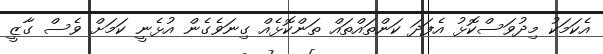
އެކަމަކު މިދުވަސްކޮޅު އެފަދަ ކަންތައްތައް ތަންކޮޅެއް ގިނަވެގެން އުޅެނީ ކަމަށް ވެސް ގާޒީ